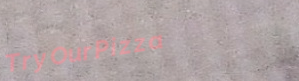
TryOurPizza